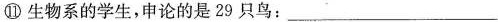
⑪生物系的学生，申论的是29只鸟：___